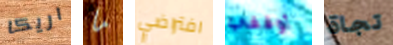
اريكا ما افتراضي أوقفي تجاة